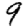
Digit: 9